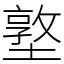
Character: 墪